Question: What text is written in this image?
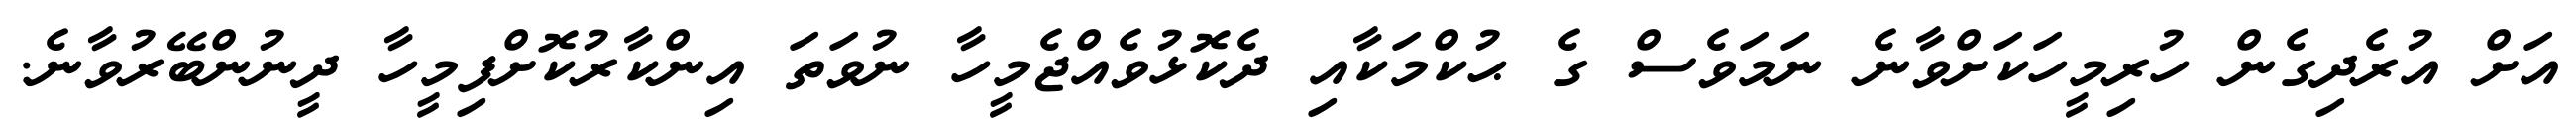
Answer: އަށް އުރެދިގެން ހުރިމީހަކަށްވާނެ ނަމަވެސް ގެ ޙުކްމަކާއި ދެކޮޅުވެއްޖެމީހާ ނުވަތަ އިންކާރުކޮށްފިމީހާ ދީނުންބޭރުވާނެ.